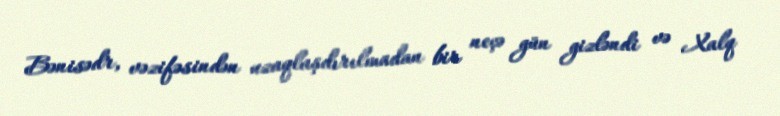
Bənisədr, vəzifəsindən uzaqlaşdırılmadan bir neçə gün gizləndi və Xalq